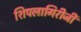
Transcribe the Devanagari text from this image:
शिपलागिरीजी